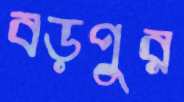
বড়পুর